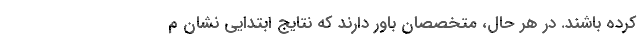
کرده باشند. در هر حال، متخصصان باور دارند که نتایج ابتدایی نشان م